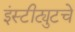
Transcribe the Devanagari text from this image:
इंस्टीट्युटचे